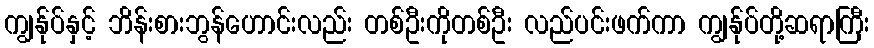
ကျွန်ုပ်နှင့် ဘိန်းစားဘွန်ဟောင်းလည်း တစ်ဦးကိုတစ်ဦး လည်ပင်းဖက်ကာ ကျွန်ုပ်တို့ဆရာကြီး